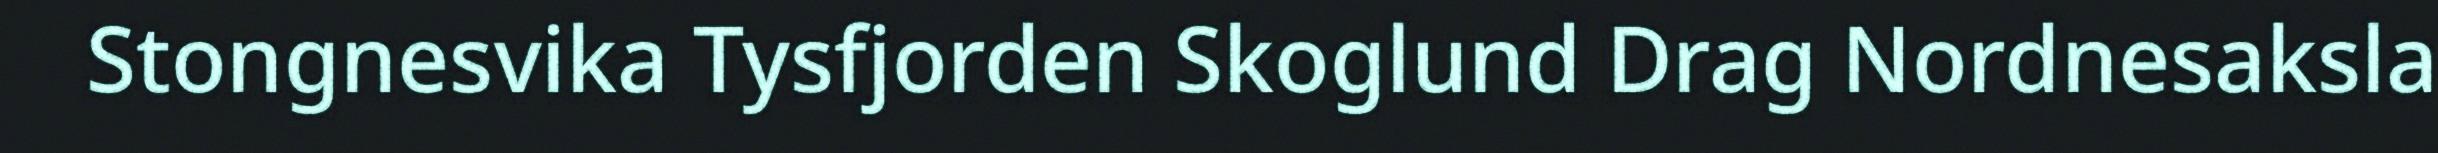
Stongnesvika Tysfjorden Skoglund Drag Nordnesaksla